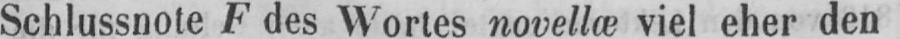
Schlussnote F des Wortes novellæ viel eher den